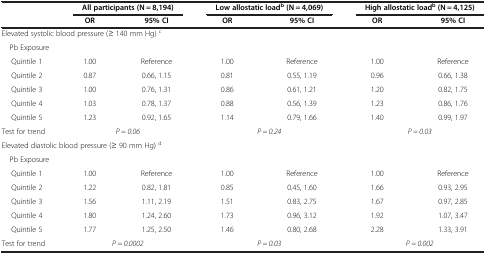
|  | <COLSPAN=2> All participants (N = 8,194) | <COLSPAN=2> Low allostatic loadb (N = 4,069) | <COLSPAN=2> High allostatic loadb (N = 4,125) |
 |  | OR | 95% CI | OR | 95% CI | OR | 95% CI |
 | --- | --- | --- | --- | --- | --- | --- |
 | <COLSPAN=7> Elevated systolic blood pressure (≥ 140 mm Hg) c |
 | Pb Exposure |  |  |  |  |  |  |
 | Quintile 1 | 1.00 | Reference | 1.00 | Reference | 1.00 | Reference |
 | Quintile 2 | 0.87 | 0.66, 1.15 | 0.81 | 0.55, 1.19 | 0.96 | 0.66, 1.38 |
 | Quintile 3 | 1.00 | 0.76, 1.31 | 0.86 | 0.61, 1.21 | 1.20 | 0.82, 1.75 |
 | Quintile 4 | 1.03 | 0.78, 1.37 | 0.88 | 0.56, 1.39 | 1.23 | 0.86, 1.76 |
 | Quintile 5 | 1.23 | 0.92, 1.65 | 1.14 | 0.79, 1.66 | 1.40 | 0.99, 1.97 |
 | Test for trend | <COLSPAN=2> P = 0.06 | <COLSPAN=2> P = 0.24 | <COLSPAN=2> P = 0.03 |
 | <COLSPAN=7> Elevated diastolic blood pressure (≥ 90 mm Hg) d |
 | Pb Exposure |  |  |  |  |  |  |
 | Quintile 1 | 1.00 | Reference | 1.00 | Reference | 1.00 | Reference |
 | Quintile 2 | 1.22 | 0.82, 1.81 | 0.85 | 0.45, 1.60 | 1.66 | 0.93, 2.95 |
 | Quintile 3 | 1.56 | 1.11, 2.19 | 1.51 | 0.83, 2.75 | 1.67 | 0.97, 2.85 |
 | Quintile 4 | 1.80 | 1.24, 2.60 | 1.73 | 0.96, 3.12 | 1.92 | 1.07, 3.47 |
 | Quintile 5 | 1.77 | 1.25, 2.50 | 1.46 | 0.80, 2.68 | 2.28 | 1.33, 3.91 |
 | Test for trend | <COLSPAN=2> P = 0.0002 | <COLSPAN=2> P = 0.03 | <COLSPAN=2> P = 0.002 |